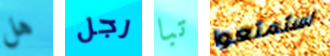
هل رجل تبا استمتعوا